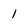
Character: 1